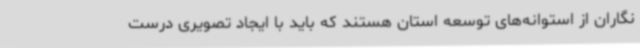
نگاران از استوانه‌های توسعه استان هستند که باید با ایجاد تصویری درست